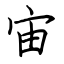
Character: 宙